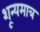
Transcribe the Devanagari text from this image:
शून्यमात्र